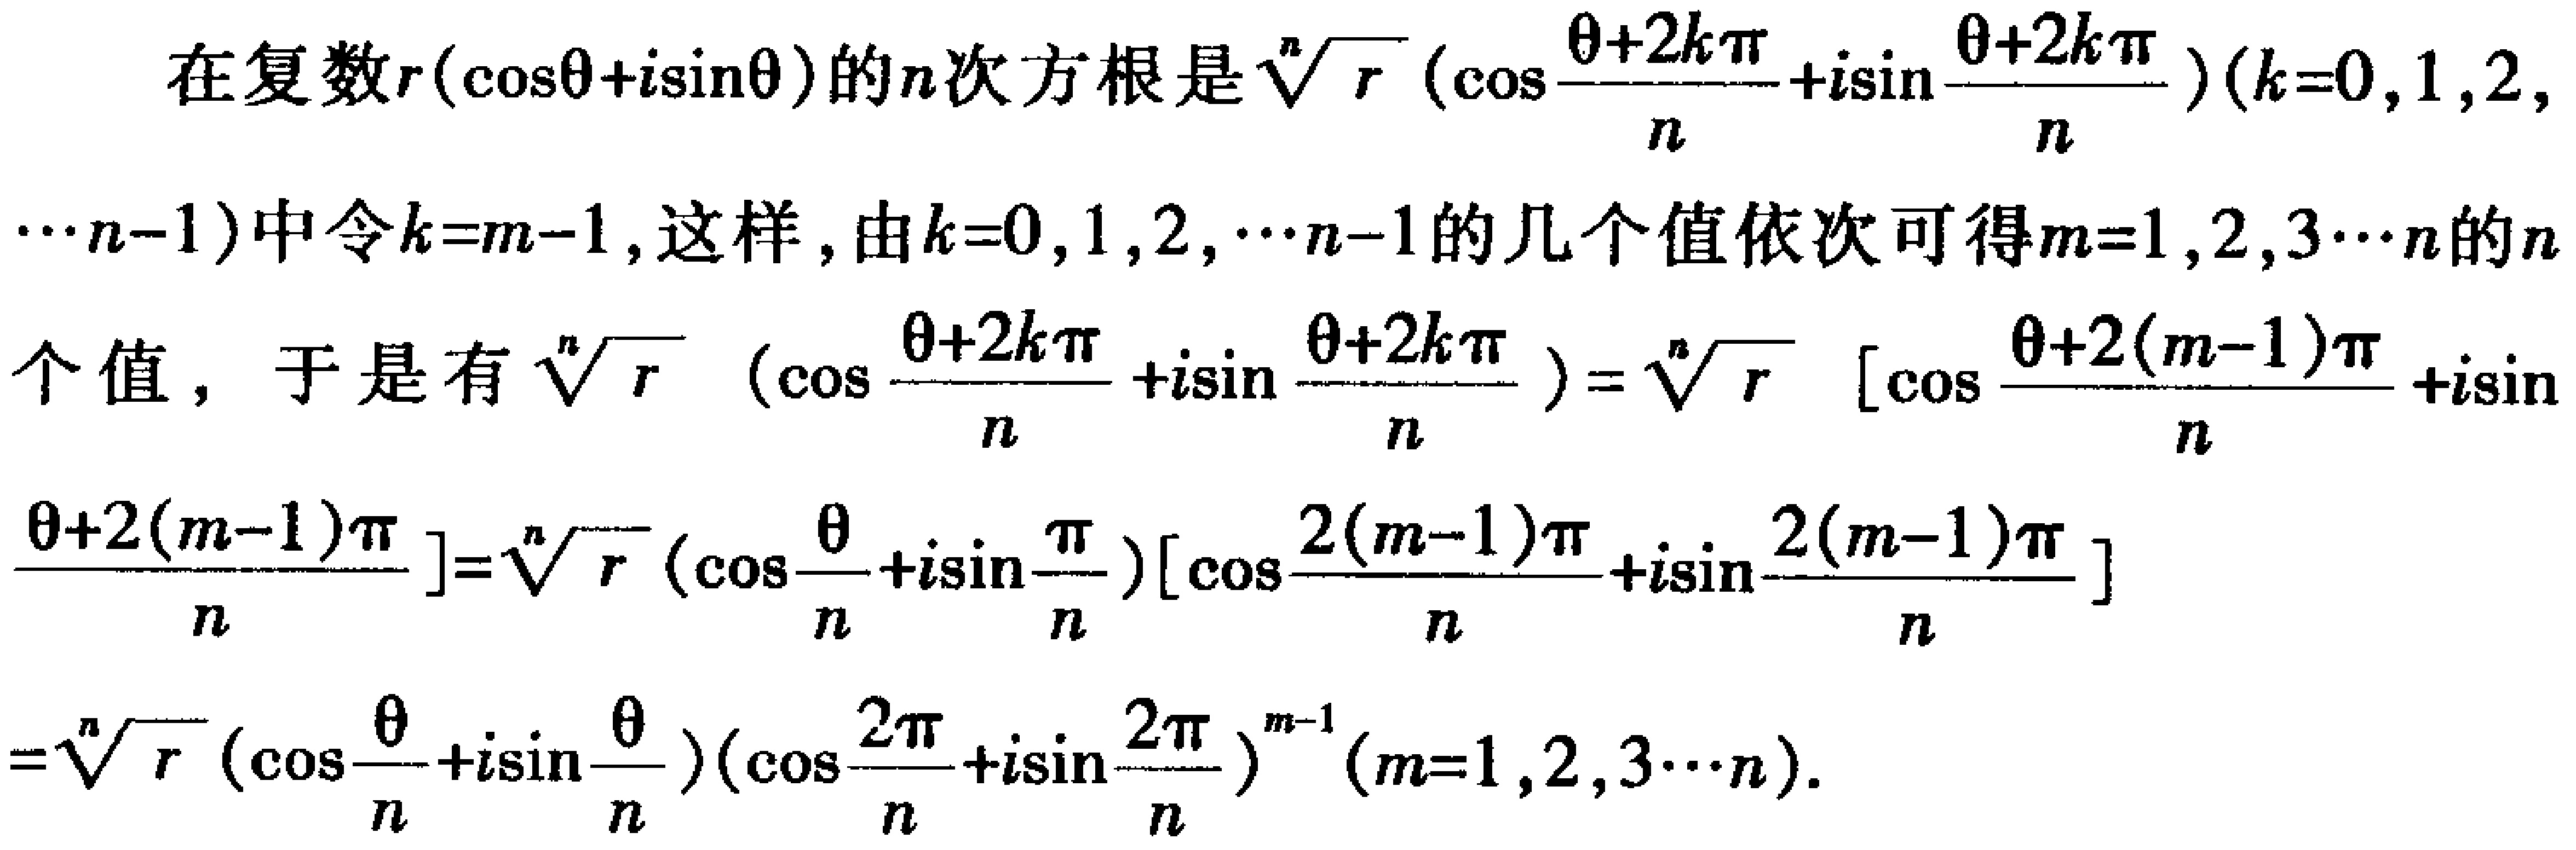
在复数\(r(\cos\theta + i\sin\theta)\)的\(n\)次方根是\(\sqrt[n]{r}\left(\cos\frac{\theta + 2k\pi}{n}+i\sin\frac{\theta + 2k\pi}{n}\right)(k = 0,1,2,\cdots n - 1)\)中令\(k=m - 1\)，这样，由\(k = 0,1,2,\cdots n - 1\)的几个值依次可得\(m = 1,2,3\cdots n\)的\(n\)个值，于是有\(\sqrt[n]{r}\left(\cos\frac{\theta + 2k\pi}{n}+i\sin\frac{\theta + 2k\pi}{n}\right)=\sqrt[n]{r}\left[\cos\frac{\theta + 2(m - 1)\pi}{n}+i\sin\frac{\theta + 2(m - 1)\pi}{n}\right]=\sqrt[n]{r}\left(\cos\frac{\theta}{n}+i\sin\frac{\pi}{n}\right)\left[\cos\frac{2(m - 1)\pi}{n}+i\sin\frac{2(m - 1)\pi}{n}\right]=\sqrt[n]{r}\left(\cos\frac{\theta}{n}+i\sin\frac{\theta}{n}\right)\left(\cos\frac{2\pi}{n}+i\sin\frac{2\pi}{n}\right)^{m - 1}(m = 1,2,3\cdots n)\)。